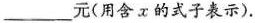
___元(用含x的式子表示).